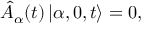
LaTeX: \hat { A } _ { \alpha } ( t ) \left| \alpha , 0 , t \right> = 0 ,